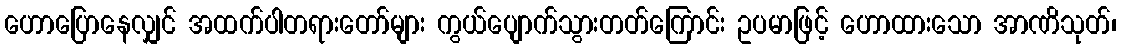
ဟောပြောနေလျှင် အထက်ပါတရားတော်များ ကွယ်ပျောက်သွားတတ်ကြောင်း ဥပမာဖြင့် ဟောထားသော အာဏိသုတ်၊